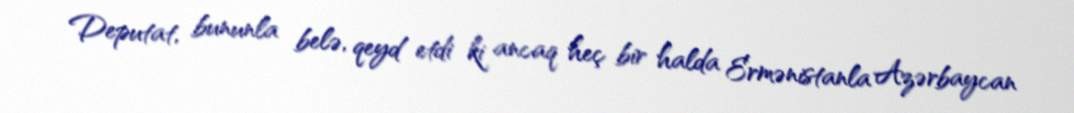
Deputat, bununla belə, qeyd etdi ki ancaq heç bir halda Ermənistanla Azərbaycan